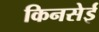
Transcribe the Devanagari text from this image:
किनसेई